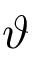
\vartheta